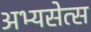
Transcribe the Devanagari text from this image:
अभ्यसेत्स